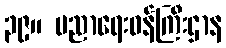
၃၉။ ပညာရေးဝန်ကြီးဌာန